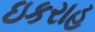
ઇકરાહ